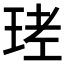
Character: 𤥧